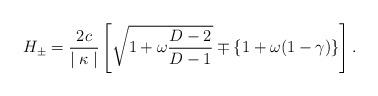
LaTeX: \begin{align*}H_{\pm} = \frac{2c}{\mid \kappa \mid} \left[ \sqrt{1 + \omega \frac{D-2}{D-1}} \mp \{ 1 + \omega (1-\gamma) \} \right] .\end{align*}